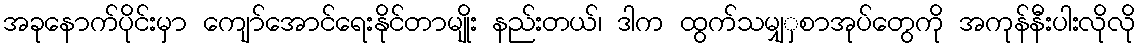
အခုနောက်ပိုင်းမှာ ကျော်အောင်ရေးနိုင်တာမျိုး နည်းတယ်၊ ဒါက ထွက်သမျှှစာအုပ်တွေကို အကုန်နီးပါးလိုလို